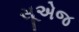
સૂએજ